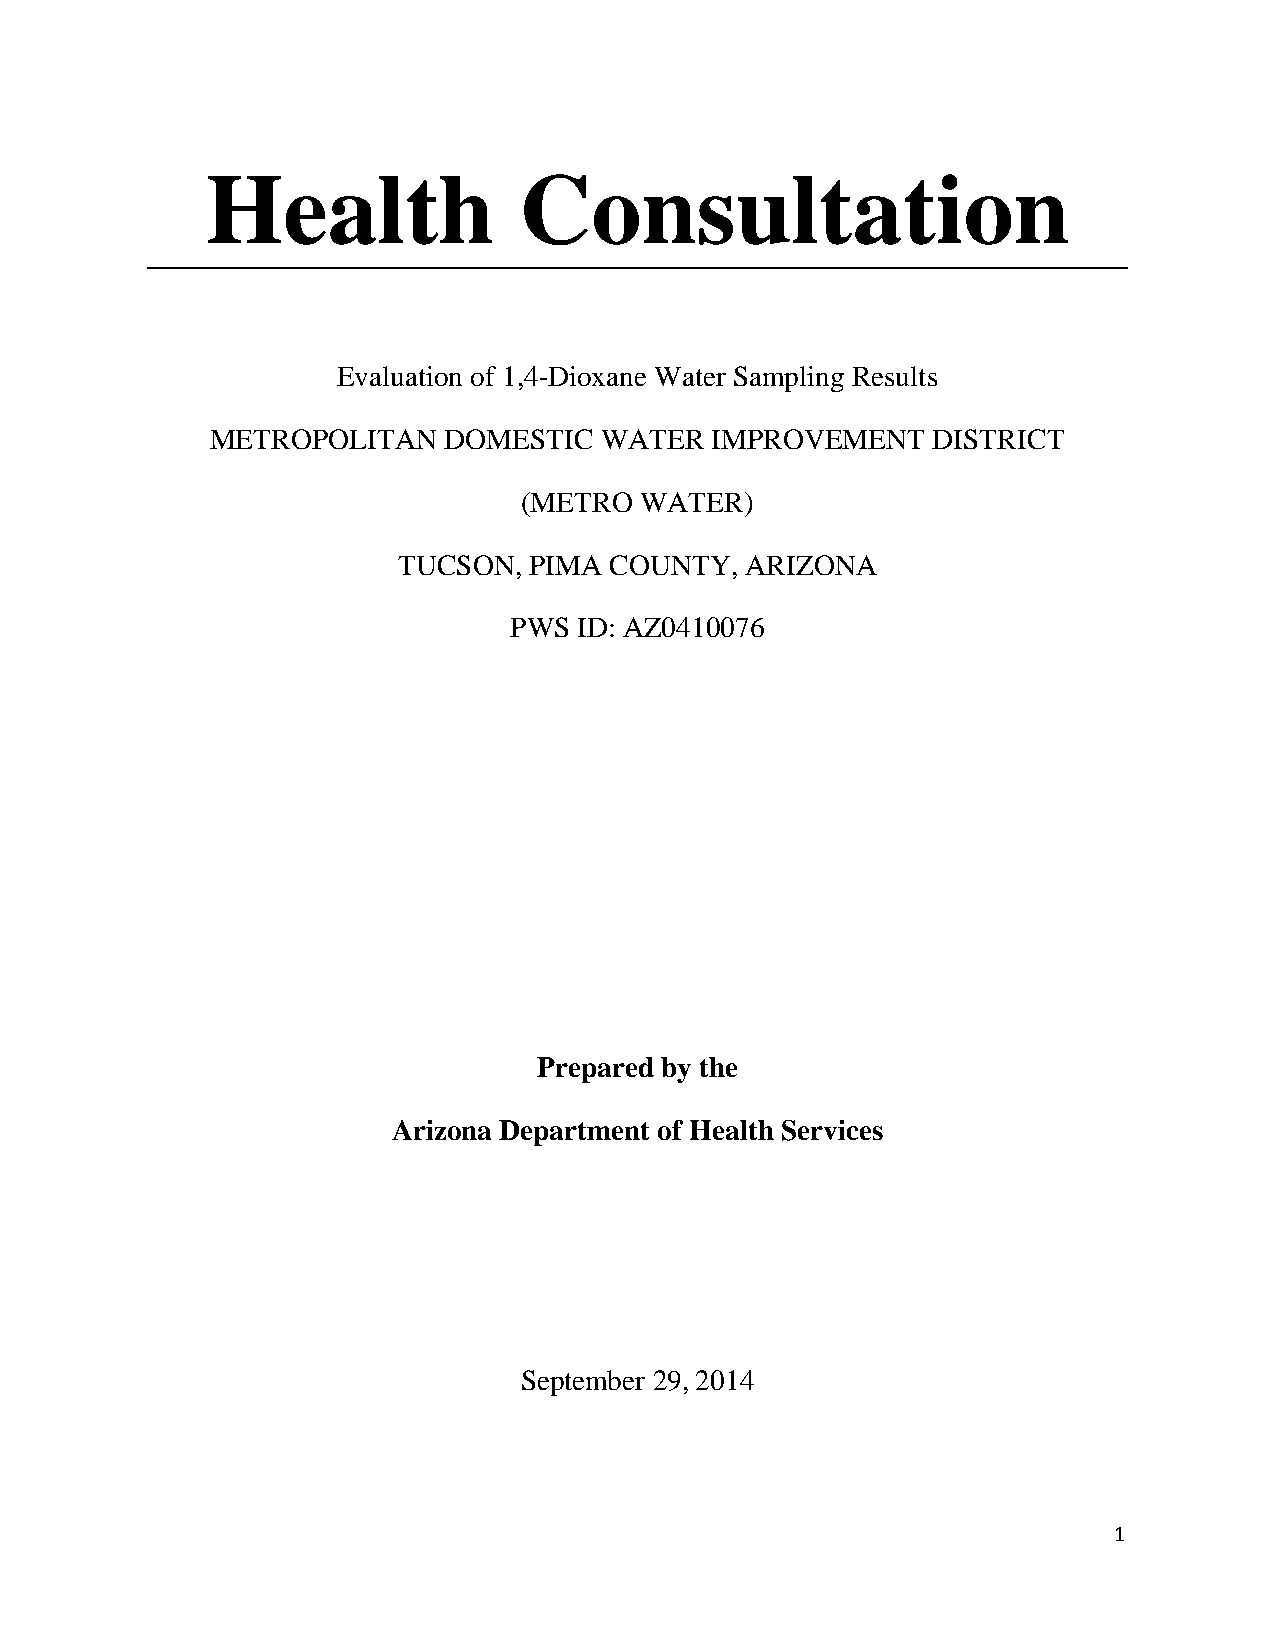
Health              Consultation
 Evaluation of 1,4-Dioxane Water Sampling Results
 METROPOLITAN   DOMESTIC   WATER  IMPROVEMENT    DISTRICT
 (METRO WATER)
 TUCSON,  PIMA COUNTY,  ARIZONA
 PWS ID: AZ0410076
 Prepared by the
 Arizona Department of Health Services
 September 29, 2014
 1